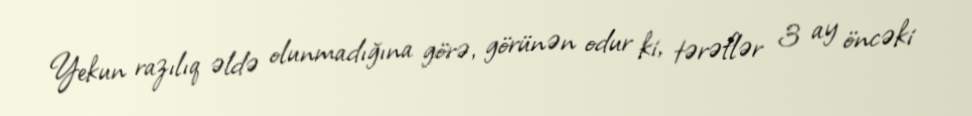
Yekun razılıq əldə olunmadığına görə, görünən odur ki, tərəflər 3 ay öncəki